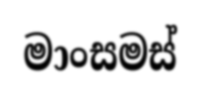
මාංසමස්